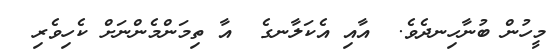
މީހުން ބުނާހިނދެވެ.  އާއި އެކަލާނގެ  އާ ތިމަންމެންނަށް ކެހިވެރި